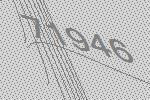
71946